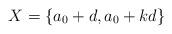
LaTeX: \begin{align*}X = \{a_0+d, a_0+kd\}\end{align*}